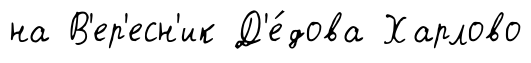
на В'ер'есн'ик Д'е́дова Харлово